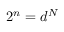
2 ^ { n } = d ^ { N }